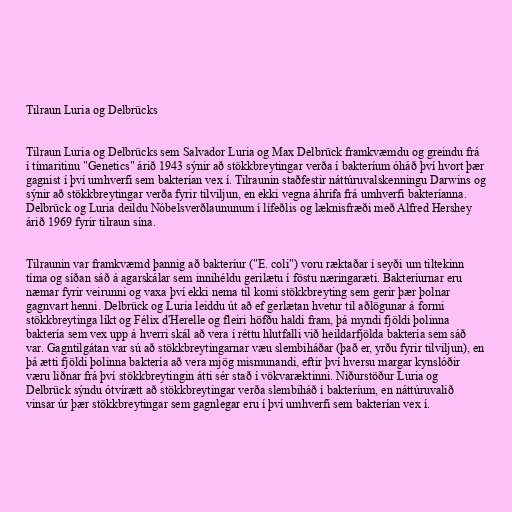
Tilraun Luria og Delbrücks

Tilraun Luria og Delbrücks sem Salvador Luria og Max Delbrück framkvæmdu og greindu frá
í tímaritinu "Genetics" árið 1943 sýnir að stökkbreytingar verða í bakteríum óháð því hvort þær
gagnist í því umhverfi sem bakterían vex í. Tilraunin staðfestir náttúruvalskenningu Darwins og
sýnir að stökkbreytingar verða fyrir tilviljun, en ekki vegna áhrifa frá umhverfi bakteríanna.
Delbrück og Luria deildu Nóbelsverðlaununum í lífeðlis og læknisfræði með Alfred Hershey
árið 1969 fyrir tilraun sína.

Tilraunin var framkvæmd þannig að bakteríur ("E. coli") voru ræktaðar í seyði um tiltekinn
tíma og síðan sáð á agarskálar sem innihéldu gerilætu í föstu næringaræti. Bakteríurnar eru
næmar fyrir veirunni og vaxa því ekki nema til komi stökkbreyting sem gerir þær þolnar
gagnvart henni. Delbrück og Luria leiddu út að ef gerlætan hvetur til aðlögunar á formi
stökkbreytinga líkt og Félix d'Herelle og fleiri höfðu haldi fram, þá myndi fjöldi þolinna
baktería sem vex upp á hverri skál að vera í réttu hlutfalli við heildarfjölda baktería sem sáð
var. Gagntilgátan var sú að stökkbreytingarnar væu slembiháðar (það er, yrðu fyrir tilviljun), en
þá ætti fjöldi þolinna baktería að vera mjög mismunandi, eftir því hversu margar kynslóðir
væru liðnar frá því stökkbreytingin átti sér stað í vökvaræktinni. Niðurstöður Luria og
Delbrück sýndu ótvírætt að stökkbreytingar verða slembiháð í bakteríum, en náttúruvalið
vinsar úr þær stökkbreytingar sem gagnlegar eru í því umhverfi sem bakterían vex í.